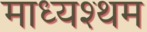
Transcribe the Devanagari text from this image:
माध्यश्थम